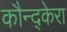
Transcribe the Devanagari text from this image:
कौन्द्केरा